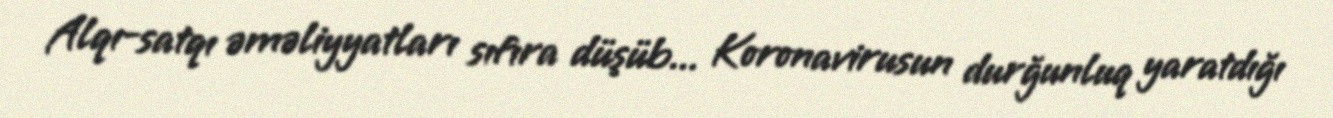
Alqı-satqı əməliyyatları sıfıra düşüb... Koronavirusun durğunluq yaratdığı